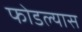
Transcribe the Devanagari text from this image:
फोडल्यास